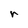
Character: r